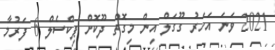
2021 ވަނަ އަހަރު ގޫގަލް އިން މިގޮތް ދޫކޮށް ޕިކްސެލް 6 ފަރުމާ